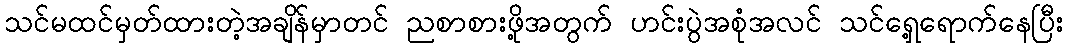
သင်မထင်မှတ်ထားတဲ့အချိန်မှာတင် ညစာစားဖို့အတွက် ဟင်းပွဲအစုံအလင် သင်ရှေ့ရောက်နေပြီး